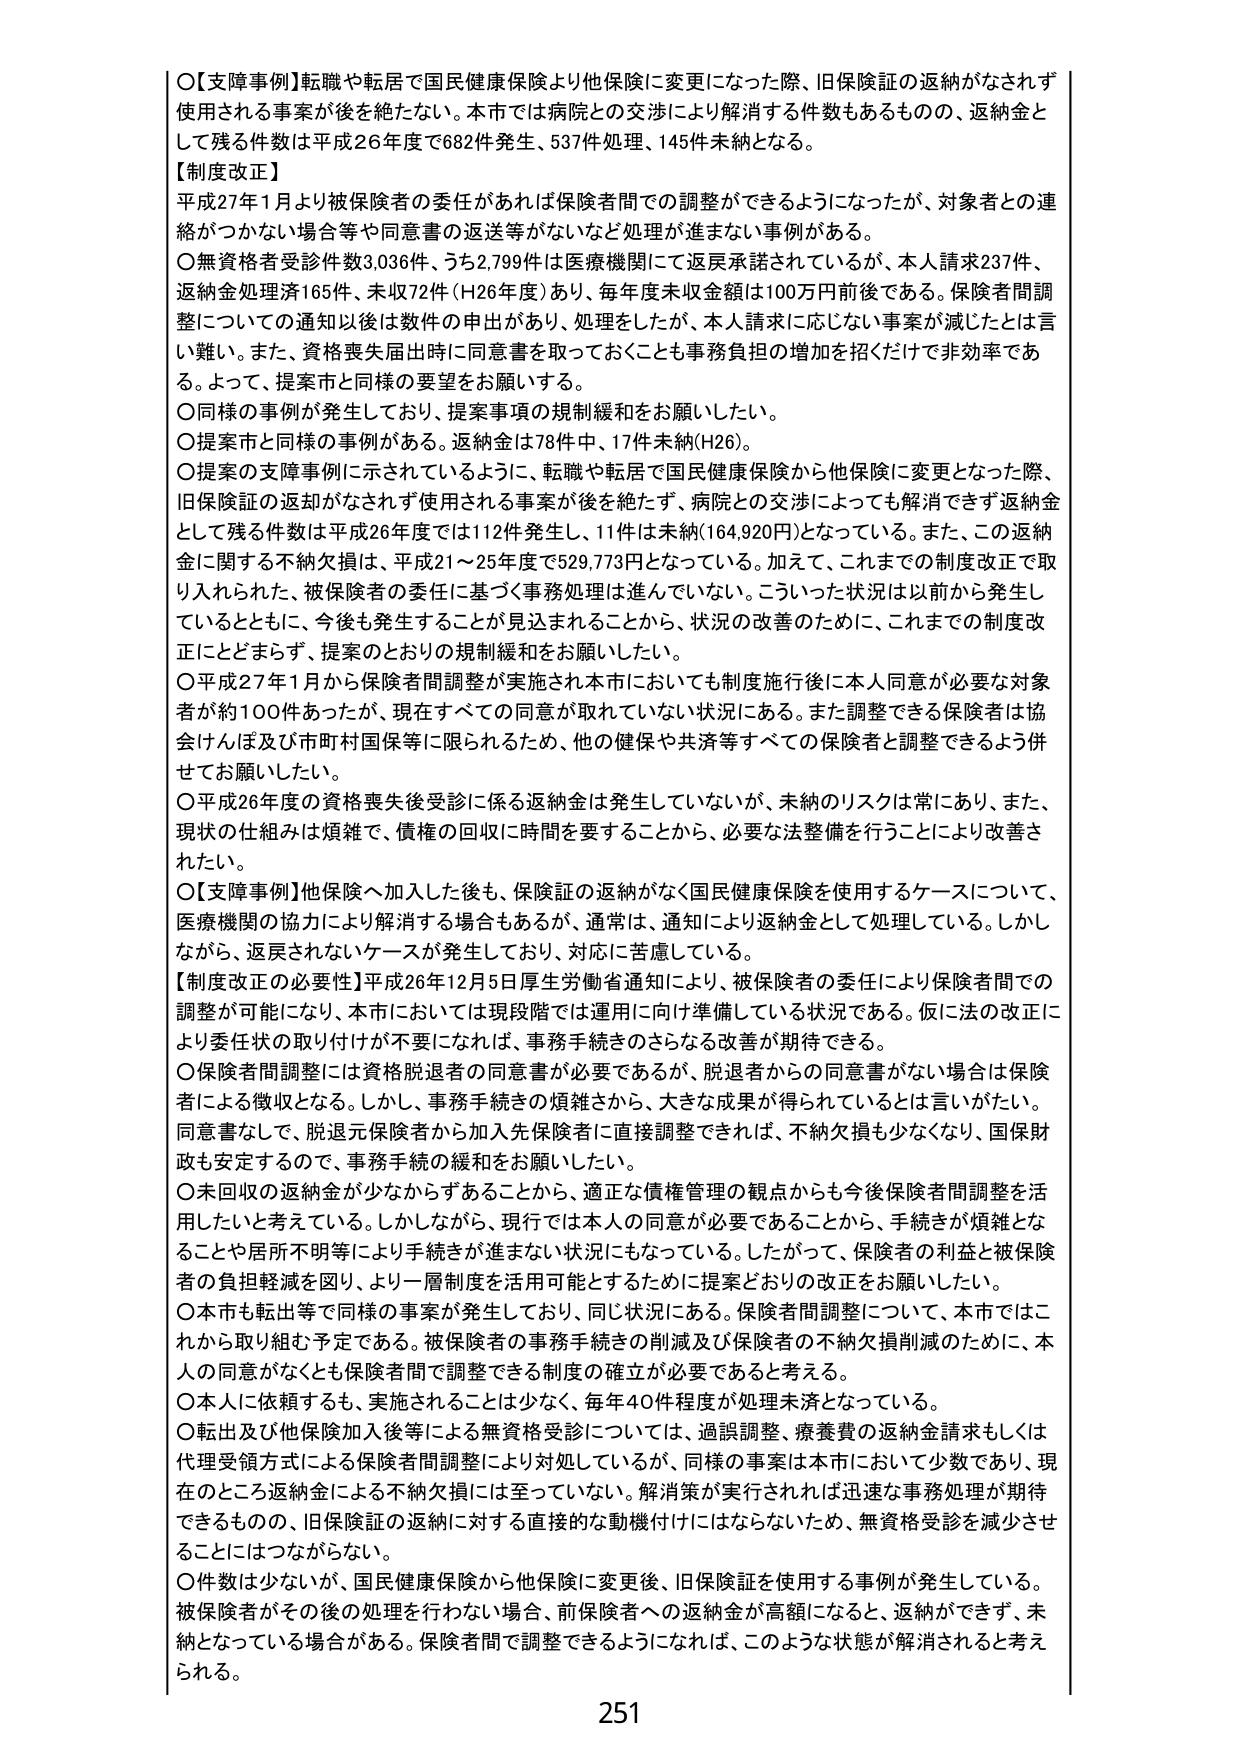
〇【支障事例】転職や転居で国民健康保険より他保険に変更になった際、旧保険証の返納がなされず使用される事案が後を絶たない。本市では病院との交渉により解消する件数もあるものの、返納金として残る件数は平成26年度で682件発生、537件処理、145件未納となる。

【制度改正】
平成27年1月より被保険者の委任があれば保険者間での調整ができるようになったが、対象者との連絡がつかない場合等や同意書の返送等がないなど処理が進まない事例がある。
〇無資格者受診件数3,036件、うち2,799件は医療機関にて返戻承諾されているが、本人請求237件、返納金処理済165件、未収72件（H26年度）あり、毎年度未収金額は100万円前後である。保険者間調整についての通知以後は数件の申出があり、処理をしたが、本人請求に応じない事案が減じたとは言い難い。また、資格喪失届出時に同意書を取っておくことも事務負担の増加を招くだけで非効率である。よって、提案市と同様の要望をお願いする。
〇同様の事例が発生しており、提案事項の規制緩和をお願いしたい。
〇提案市と同様の事例がある。返納金は78件中、17件未納（H26）。
〇提案の支障事例に示されているように、転職や転居で国民健康保険から他保険に変更となった際、旧保険証の返却がなされず使用される事案が後を絶たず、病院との交渉によっても解消できず返納金として残る件数は平成26年度では112件発生し、11件は未納（164,920円）となっている。また、この返納金に関する不納欠損は、平成21～25年度で529,773円となっている。加えて、これまでの制度改正で取り入れられた、被保険者の委任に基づく事務処理は進んでいない。こういった状況は以前から発生しているとともに、今後も発生することが見込まれることから、状況の改善のために、これまでの制度改正にとどまらず、提案のとおりの規制緩和をお願いしたい。
〇平成27年1月から保険者間調整が実施され本市においても制度施行後に本人同意が必要な対象者が約100件あったが、現在すべての同意が取れていない状況にある。また調整できる保険者は協会けんぽ及び市町村国保等に限られるため、他の健保や共済等すべての保険者と調整できるよう併せてお願いしたい。
〇平成26年度の資格喪失後受診に係る返納金は発生していないが、未納のリスクは常にある。また、現状の仕組みは煩雑で、債権の回収に時間を要することから、必要な法整備を行うことにより改善された。

〇【支障事例】他保険へ加入した後も、保険証の返納がなく国民健康保険を使用するケースについて、医療機関の協力により解消する場合もあるが、通常は、通知により返納金として処理している。しかしながら、返戻されないケースが発生しており、対応に苦慮している。

【制度改正の必要性】平成26年12月5日厚生労働省通知により、被保険者の委任により保険者間での調整が可能になり、本市においては現段階では運用に向け準備している状況である。仮に法の改正により委任状の取り付けが不要になれば、事務手続きのさらなる改善が期待できる。
〇保険者間調整には資格脱退者の同意書が必要であるが、脱退者からの同意書がない場合は保険者による徴収となる。しかし、事務手続きの煩雑さから、大きな成果が得られているとは言いがたい。同意書なしで、脱退元保険者から加入先保険者に直接調整できれば、不納欠損も少なくなり、国庫財政も安定するので、事務手続の緩和をお願いしたい。
〇未回収の返納金が少なからずあることから、適正な債権管理の観点からも今後保険者間調整を活用したいと考えている。しかしながら、現行では本人の同意が必要であることから、手続きが煩雑となることや居所不明等により手続きが進まない状況にもなっている。したがって、保険者の利益と被保険者の負担軽減を図り、より一層制度を活用可能とするために提案どおりの改正をお願いしたい。
〇本市も転出等で同様の事案が発生しており、同じ状況にある。保険者間調整について、本市ではこれから取り組む予定である。被保険者の事務手続きの削減及び保険者の不納欠損削減のために、本人の同意がなくても保険者間で調整できる制度の確立が必要であると考える。
〇本人に依頼するも、実施されることは少なく、毎年40件程度が処理未済となっている。
〇転出及び他保険加入後等による無資格受診については、過誤調整、療養費の返納請求もしくは代理受領方式による保険者間調整により対処しているが、同様の事案は本市において少数であり、現在のところ返納金による不納欠損には至っていない。解消策が実行されれば迅速な事務処理が期待できるものの、旧保険証の返納に対する直接的な動機付けにはならないため、無資格受診を減少させることにはつながらない。
〇件数は少ないが、国民健康保険から他保険に変更後、旧保険証を使用する事例が発生している。被保険者がその後の処理を行わない場合、前保険者への返納金が高額になると、返納ができず、未納となっている場合がある。保険者間で調整できるようになれば、このような状態が解消されると考えられる。

251